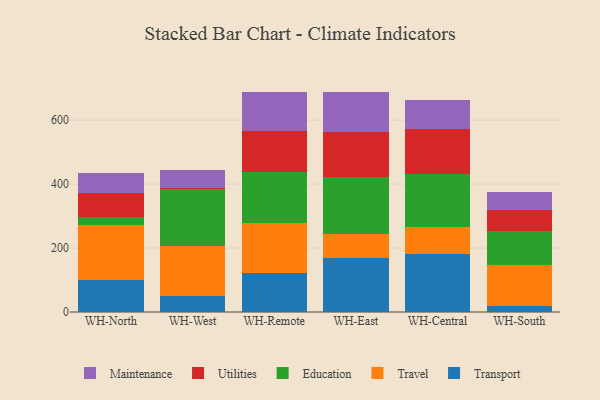
{"axis": {"x": "Warehouse", "y": "Tickets Resolved"}, "legend": ["Education", "Maintenance", "Transport", "Travel", "Utilities"], "data": [{"x": "WH-North", "y": 100.6, "type": "Transport"}, {"x": "WH-North", "y": 170.7, "type": "Travel"}, {"x": "WH-North", "y": 25.5, "type": "Education"}, {"x": "WH-North", "y": 76.9, "type": "Utilities"}, {"x": "WH-North", "y": 59.7, "type": "Maintenance"}, {"x": "WH-West", "y": 49.3, "type": "Transport"}, {"x": "WH-West", "y": 158.0, "type": "Travel"}, {"x": "WH-West", "y": 176.2, "type": "Education"}, {"x": "WH-West", "y": 5.7, "type": "Utilities"}, {"x": "WH-West", "y": 56.4, "type": "Maintenance"}, {"x": "WH-Remote", "y": 120.5, "type": "Transport"}, {"x": "WH-Remote", "y": 159.3, "type": "Travel"}, {"x": "WH-Remote", "y": 156.8, "type": "Education"}, {"x": "WH-Remote", "y": 128.9, "type": "Utilities"}, {"x": "WH-Remote", "y": 122.3, "type": "Maintenance"}, {"x": "WH-East", "y": 169.9, "type": "Transport"}, {"x": "WH-East", "y": 75.3, "type": "Travel"}, {"x": "WH-East", "y": 177.7, "type": "Education"}, {"x": "WH-East", "y": 139.7, "type": "Utilities"}, {"x": "WH-East", "y": 126.7, "type": "Maintenance"}, {"x": "WH-Central", "y": 180.0, "type": "Transport"}, {"x": "WH-Central", "y": 85.0, "type": "Travel"}, {"x": "WH-Central", "y": 167.5, "type": "Education"}, {"x": "WH-Central", "y": 140.9, "type": "Utilities"}, {"x": "WH-Central", "y": 88.8, "type": "Maintenance"}, {"x": "WH-South", "y": 19.4, "type": "Transport"}, {"x": "WH-South", "y": 126.7, "type": "Travel"}, {"x": "WH-South", "y": 107.0, "type": "Education"}, {"x": "WH-South", "y": 66.3, "type": "Utilities"}, {"x": "WH-South", "y": 56.5, "type": "Maintenance"}]}